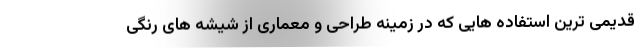
قدیمی ترین استفاده هایی که در زمینه طراحی و معماری از شیشه های رنگی